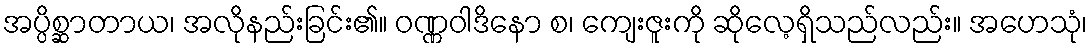
အပ္ပိစ္ဆာတာယ၊ အလိုနည်းခြင်း၏။ ဝဏ္ဏဝါဒိနော စ၊ ကျေးဇူးကို ဆိုလေ့ရှိသည်လည်း။ အဟေသုံ၊